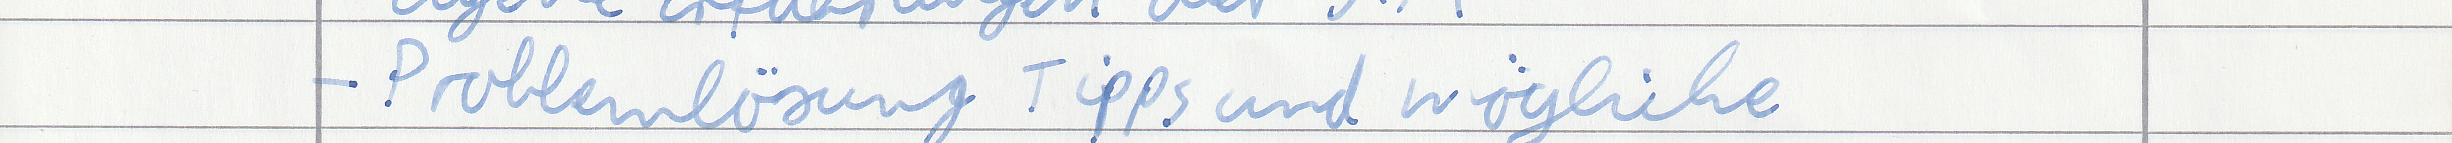
- Problemlösung Tipps und mögliche